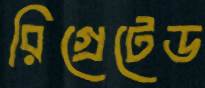
রিগ্রেটেড